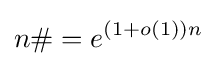
n\#=e^{(1+o(1))n}